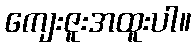
ကျေးဇူးအထူးပါ။